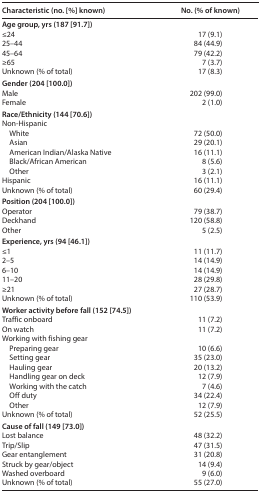
<table><thead><tr><td><b>Characteristic (no. [%] known)</b></td><td><b>No. (% of known)</b></td></tr></thead><tbody><tr><td colspan="2"><b>Age group, yrs (187 [91.7])</b></td></tr><tr><td>≤24</td><td>17 (9.1)</td></tr><tr><td>25–44</td><td>84 (44.9)</td></tr><tr><td>45–64</td><td>79 (42.2)</td></tr><tr><td>≥65</td><td>7 (3.7)</td></tr><tr><td>Unknown (% of total)</td><td>17 (8.3)</td></tr><tr><td colspan="2"><b>Gender (204 [100.0])</b></td></tr><tr><td>Male</td><td>202 (99.0)</td></tr><tr><td>Female</td><td>2 (1.0)</td></tr><tr><td colspan="2"><b>Race/Ethnicity (144 [70.6])</b></td></tr><tr><td colspan="2">Non-Hispanic</td></tr><tr><td>White</td><td>72 (50.0)</td></tr><tr><td>Asian</td><td>29 (20.1)</td></tr><tr><td>American Indian/Alaska Native</td><td>16 (11.1)</td></tr><tr><td>Black/African American</td><td>8 (5.6)</td></tr><tr><td>Other</td><td>3 (2.1)</td></tr><tr><td>Hispanic</td><td>16 (11.1)</td></tr><tr><td>Unknown (% of total)</td><td>60 (29.4)</td></tr><tr><td colspan="2"><b>Position (204 [100.0])</b></td></tr><tr><td>Operator</td><td>79 (38.7)</td></tr><tr><td>Deckhand</td><td>120 (58.8)</td></tr><tr><td>Other</td><td>5 (2.5)</td></tr><tr><td colspan="2"><b>Experience, yrs (94 [46.1])</b></td></tr><tr><td>≤1</td><td>11 (11.7)</td></tr><tr><td>2–5</td><td>14 (14.9)</td></tr><tr><td>6–10</td><td>14 (14.9)</td></tr><tr><td>11–20</td><td>28 (29.8)</td></tr><tr><td>≥21</td><td>27 (28.7)</td></tr><tr><td>Unknown (% of total)</td><td>110 (53.9)</td></tr><tr><td colspan="2"><b>Worker activity before fall (152 [74.5])</b></td></tr><tr><td>Traffic onboard</td><td>11 (7.2)</td></tr><tr><td>On watch</td><td>11 (7.2)</td></tr><tr><td colspan="2">Working with fishing gear</td></tr><tr><td>Preparing gear</td><td>10 (6.6)</td></tr><tr><td>Setting gear</td><td>35 (23.0)</td></tr><tr><td>Hauling gear</td><td>20 (13.2)</td></tr><tr><td>Handling gear on deck</td><td>12 (7.9)</td></tr><tr><td>Working with the catch</td><td>7 (4.6)</td></tr><tr><td>Off duty</td><td>34 (22.4)</td></tr><tr><td>Other</td><td>12 (7.9)</td></tr><tr><td>Unknown (% of total)</td><td>52 (25.5)</td></tr><tr><td colspan="2"><b>Cause of fall (149 [73.0])</b></td></tr><tr><td>Lost balance</td><td>48 (32.2)</td></tr><tr><td>Trip/Slip</td><td>47 (31.5)</td></tr><tr><td>Gear entanglement</td><td>31 (20.8)</td></tr><tr><td>Struck by gear/object</td><td>14 (9.4)</td></tr><tr><td>Washed overboard</td><td>9 (6.0)</td></tr><tr><td>Unknown (% of total)</td><td>55 (27.0)</td></tr></tbody></table>